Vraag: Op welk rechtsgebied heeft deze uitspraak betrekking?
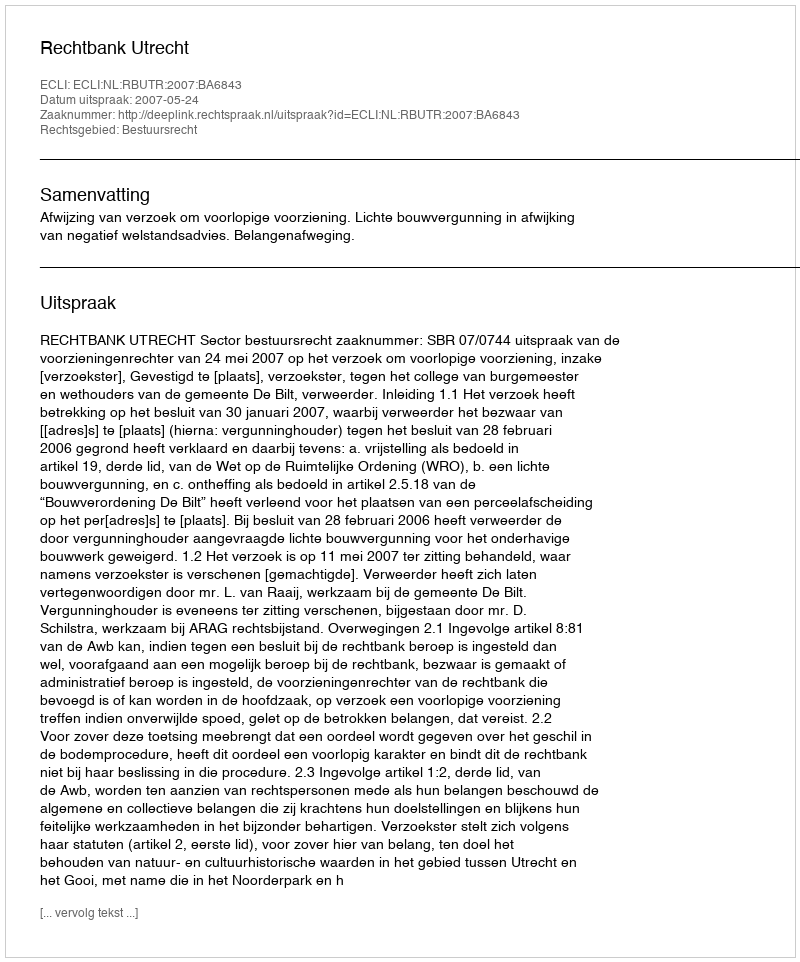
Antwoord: Bestuursrecht